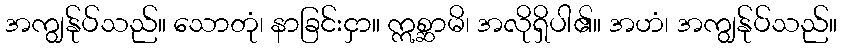
အကျွန်ုပ်သည်။ သောတုံ၊ နာခြင်းငှာ။ ဣစ္ဆာမိ၊ အလိုရှိပါ၏။ အဟံ၊ အကျွန်ုပ်သည်။